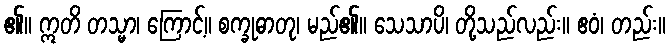
၏။ ဣတိ တသ္မာ၊ ကြောင့်။ စက္ခုဓာတု၊ မည်၏။ သေသာပိ၊ တို့သည်လည်း။ ဧဝံ၊ တည်း။